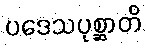
ပဒေသပုစ္ဆာတိ